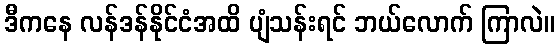
ဒီကနေ လန်ဒန်နိုင်ငံအထိ ပျံသန်းရင် ဘယ်လောက် ကြာလဲ။